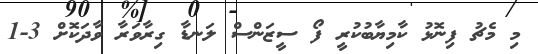
މި މެޗު ފިނޮޅު ކާމިޔާބުކުރީ ފޯ ސީޒަންސް ލަނޑާ ގިރާވަރާ ވާދަކޮށް 3-1